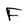
Character: F